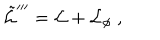
\tilde { { \cal L } } ^ { \prime \prime \prime } = { \cal L } + { \cal L } _ { \phi } \ ,